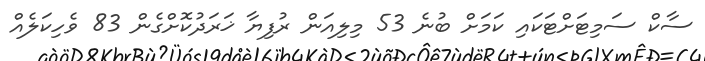
ސާކް ސަމިޓަށްޓަކައި ކަމަށް ބުނެ 53 މިލިއަން ރުފިޔާ ޚަރަދުކޮށްގެން 83 ވެހިކަލެއް